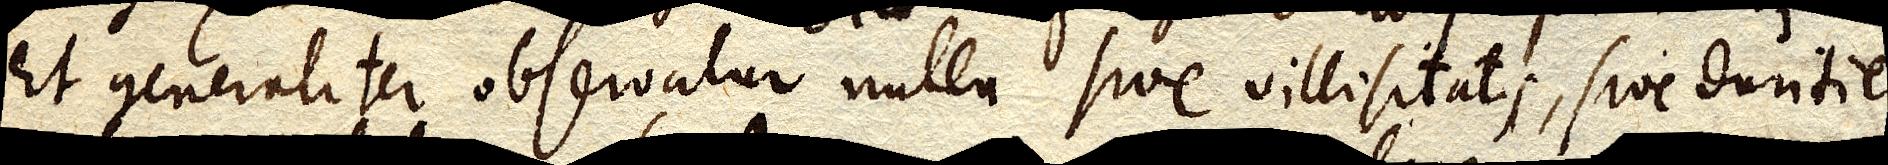
et generaliter observatur nulla sive villisitatis, sive duritiei